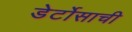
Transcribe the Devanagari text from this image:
डेर्टोसाची